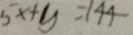
5 x + y = 1 4 4